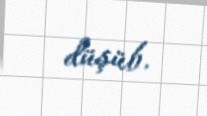
düşüb.